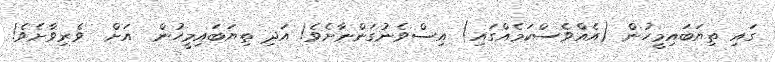
ގައި ތިޔަބައިމީހުން (އެއްވެސްކަމެއްގައި) އިސްވެނުގަންނާށެވެ! އަދި ތިޔަބައިމީހުން  އަށް  ވެރިވާށެވެ!